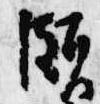
頗